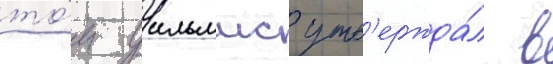
то́м уильямс утв'ержда́л в